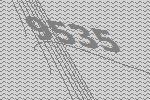
9535